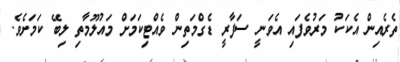
ތެރެއިން އެކަކު މަރުވެފައި އެވަނީ ސަފާރީ ޑެގްމަތިން ވެއްޓިކަމަށް މައުލޫމާތި ލިބޭ ކަމަށެވެ.